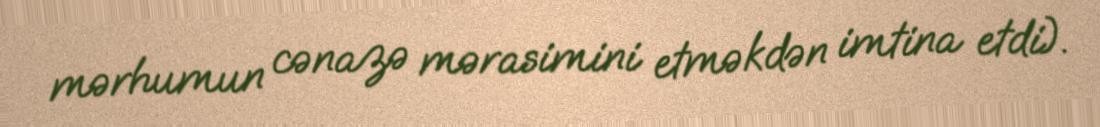
mərhumun cənazə mərasimini etməkdən imtina etdi).